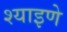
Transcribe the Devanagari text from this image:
श्याइणे